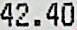
42.40